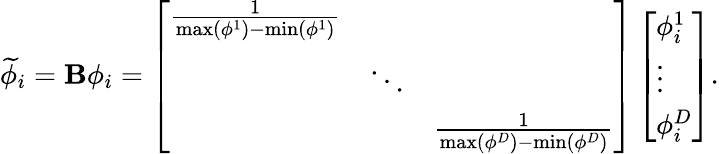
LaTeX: \widetilde{\phi}_{i}={\mathbf B}\phi_{i}=\left[\begin{array}{lll}{\frac{1}{\operatorname*{max}(\phi^{1})-\operatorname*{min}(\phi^{1})}}&&\\ &{\ddots}&\\ &&{\frac{1}{\operatorname*{max}(\phi^{D})-\operatorname*{min}(\phi^{D})}}\end{array}\right]\left[\begin{array}{l}{\phi_{i}^{1}}\\ {\vdots}\\ {\phi_{i}^{D}}\end{array}\right].